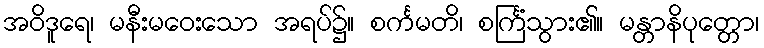
အဝိဒူရေ၊ မနီးမဝေးသော အရပ်၌။ စင်္ကမတိ၊ စင်္ကြံသွား၏။ မန္တာနိပုတ္တော၊